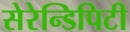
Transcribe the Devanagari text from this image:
सेरेन्डिपिटी